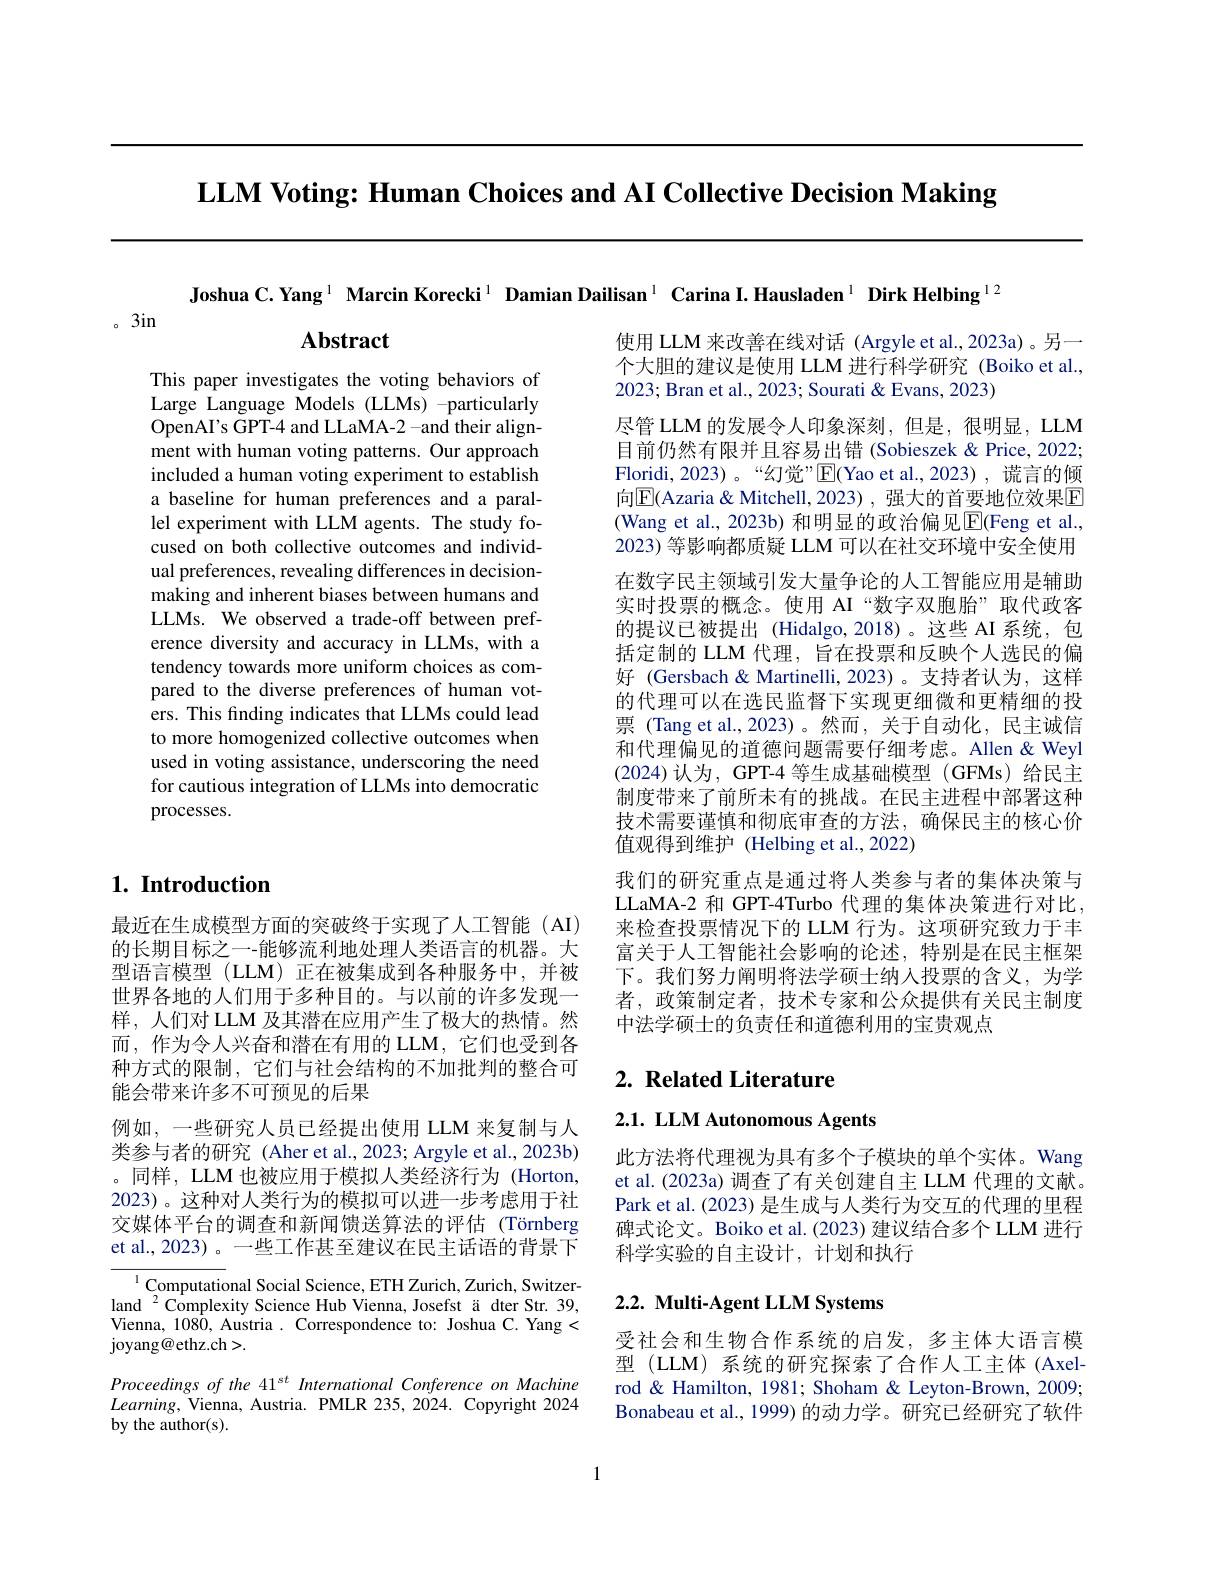
LLM Voting: Human Choices and AI Collective Decision Making

Joshua C.Yang$^{1}$ Marcin Korecki$^{1}$ Damian Dailisan$^{1}$ Carina I.Hausladen$^{1}$ Dirk Helbing$^{12}$

。3in

$\mathbf{Abstract}$

This paper investigates the voting behaviors of Large Language Models (LLMs) -particularly OpenAI's GPT-4 and LLaMA-2 -and their alignment with human voting patterns. Our approach included a human voting experiment to establish a baseline for human preferences and a parallel experiment with LLM agents. The study focused on both collective outcomes and individual preferences, revealing differences in decisionmaking and inherent biases between humans and LLMs. We observed a trade-off between preference diversity and accuracy in LLMs, with a tendency towards more uniform choices as compared to the diverse preferences of human voters. This finding indicates that LLMs could lead to more homogenized collective outcomes when used in voting assistance, underscoring the need for cautious integration of LLMs into democratic processes.

使用 LLM 来改善在线对话 (Argyle et al.,2023a)。另一个大胆的建议是使用 LLM 进行科学研究 (Boiko et al., 2023; Bran et al., 2023; Sourati & Evans, 2023)
尽管 LLM 的发展令人印象深刻，但是，很明显，LLM 目前仍然有限并且容易出错 (Sobieszek &Price, 2022; Floridi,2023)。“幻觉”E(Yao et al.,2023), 谎言的倾向$\boxed{\mathrm{E}}($Azaria & Mitchell, 2023) , 强大的首要地位效果$\boxed{\mathrm{F}}$ (Wang et al., 2023b) 和明显的政治偏见$\boxed{\mathrm{E}}($Feng et al. 2023) 等影响都质疑 LLM 可以在社交环境中安全使用在数字民主领域引发大量争论的人工智能应用是辅助实时投票的概念。使用 AI“数字双胞胎”取代政客的提议已被提出 (Hidalgo,2018)。这些 AI 系统，包括定制的 LLM 代理，旨在投票和反映个人选民的偏好 (Gersbach & Martinelli, 2023)。支持者认为，这样的代理可以在选民监督下实现更细微和更精细的投票 (Tang et al.,2023)。然而，关于自动化，民主诚信和代理偏见的道德问题需要仔细考虑。Allen&Weyl (2024)认为，GPT-4 等生成基础模型 (GFMs) 给民主制度带来了前所未有的挑战。在民主进程中部署这种技术需要谨慎和彻底审查的方法，确保民主的核心价值观得到维护(Helbing et al.,2022)
我们的研究重点是通过将人类参与者的集体决策与LLaMA-2 和 GPT-4Turbo 代理的集体决策进行对比， 来检查投票情况下的 LLM 行为。这项研究致力于丰富关于人工智能社会影响的论述，特别是在民主框架下。我们努力阐明将法学硕士纳人投票的含义，为学者，政策制定者，技术专家和公众提供有关民主制度中法学硕士的负责任和道德利用的宝贵观点

## $1. \textbf{ Introduction}$

# 2. Related Literature

最近在生成模型方面的突破终于实现了人工智能(AI) 的长期目标之一-能够流利地处理人类语言的机器。大型语言模型(LLM)正在被集成到各种服务中，并被世界各地的人们用于多种目的。与以前的许多发现一样，人们对 LLM 及其潜在应用产生了极大的热情。然而，作为令人兴奋和潜在有用的 LLM,它们也受到各种方式的限制，它们与社会结构的不加批判的整合可能会带来许多不可预见的后果
例如，一些研究人员已经提出使用 LLM 来复制与人类参与者的研究 (Aher et al., 2023; Argyle et al., 2023b) 。同样，LLM 也被应用于模拟人类经济行为 (Horton, 2023)。这种对人类行为的模拟可以进一步考虑用于社交媒体平台的调查和新闻馈送算法的评估(Törnberg et al., 2023)。一些工作甚至建议在民主话语的背景下

2.1. LLM Autonomous Agents

此方法将代理视为具有多个子模块的单个实体。Wang et al.(2023a) 调查了有关创建自主 LLM 代理的文献。Park et al. (2023) 是生成与人类行为交互的代理的里程碑式论文。Boiko et al.(2023) 建议结合多个 LLM 进行科学实验的自主设计，计划和执行

## $2. 2. \textbf{ Multi- Agent LLM Systems}$

$^{1}\underset{{\mathrm{Computational~Social~Science,ETH~Zurich,~Zurich,~Switzer-}}}$ land $^{2}$Complexity Science Hub Vienna, Josefst ä dter Str. 39, Vienna, 1080, Austria. Correspondence to: Joshua C. Yang< $\operatorname{joyang@ethz.ch}>.$

受社会和生物合作系统的启发，多主体大语言模型 (LLM) 系统的研究探索了合作人工主体 (Axelrod & Hamilton, 1981; Shoham & Leyton-Brown, 2009; Bonabeau et al., 1999) 的动力学。研究已经研究了软件

Proceedings of the 41$^{st}$ International Conference on Machine $Learning$, Vienna, Austria. PMLR 235, 2024. Copyright 2024 by the author(s).

1